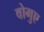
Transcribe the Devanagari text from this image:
वोगुए